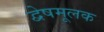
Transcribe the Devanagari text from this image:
द्वेषमूलक